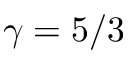
\gamma = 5 / 3